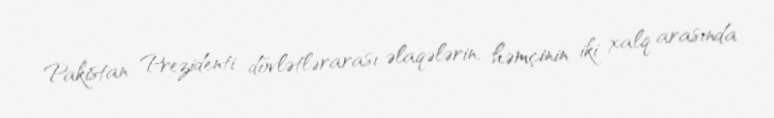
Pakistan Prezidenti dövlətlərarası əlaqələrin, həmçinin iki xalq arasında